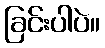
ခြင်းပါပဲ။